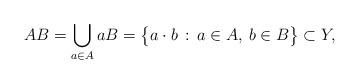
LaTeX: \begin{align*}AB = \bigcup_{a \in A} aB = \big\{ a \cdot b \, : \, a \in A, \: b \in B \big\} \subset Y,\end{align*}